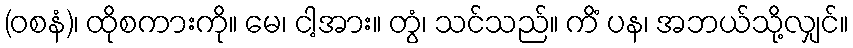
(ဝစနံ)၊ ထိုစကားကို။ မေ၊ ငါ့အား။ တွံ၊ သင်သည်။ ကိံ ပန၊ အဘယ်သို့လျှင်။